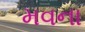
મવના